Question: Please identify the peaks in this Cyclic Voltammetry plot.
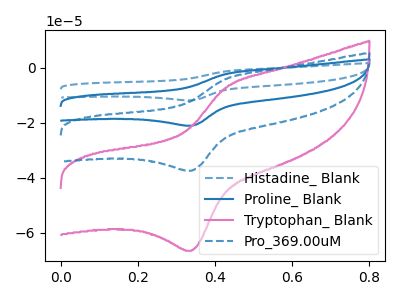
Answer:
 <answer>The blue dashed curve "Histadine_ Blank" has an anodic peak at (0.45V, -12.10uA) and a cathodic peak at (0.35V, -112.25uA). The blue curve "Proline_ Blank" has an anodic peak at (0.45V, -8.10uA) and a cathodic peak at (0.35V, -74.85uA). The pink curve "Tryptophan_ Blank" has an anodic peak at (0.45V, -7.20uA) and a cathodic peak at (0.35V, -66.50uA). The blue dashed curve "Pro_369.00uM" has an anodic peak at (0.45V, -4.05uA) and a cathodic peak at (0.35V, -37.40uA).</answer>
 <eval></eval>